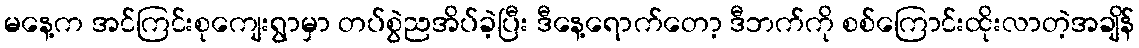
မနေ့က အင်ကြင်းစုကျေးရွာမှာ တပ်စွဲညအိပ်ခဲ့ပြီး ဒီနေ့ရောက်တော့ ဒီဘက်ကို စစ်ကြောင်းထိုးလာတဲ့အချိန်